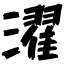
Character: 濯